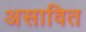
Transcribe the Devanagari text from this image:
असावित